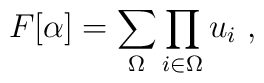
F[\alpha] = \sum_{\Omega} \prod_{i \in \Omega} u_i \ ,